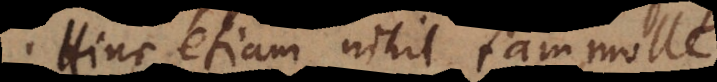
Hinc etiam nihil tam molle